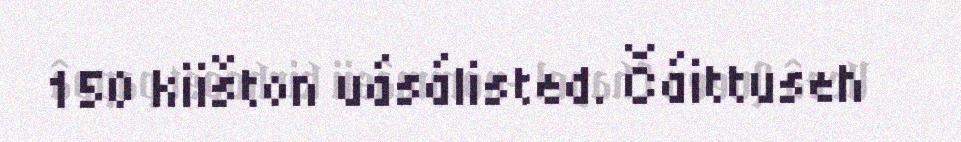
150 kiišton uásálisted. Čáittuseh